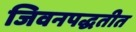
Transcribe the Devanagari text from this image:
जिवनपद्धतीत